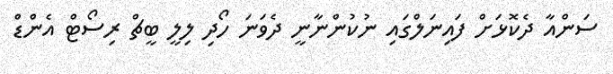
ސަންއާ ދެކޮޅަށް ފައިނަލްގައި ނުކުންނާނީ ދެވަނަ ހޯދި ލިލީ ބީޗް ރިސޯޓް އެންޑް